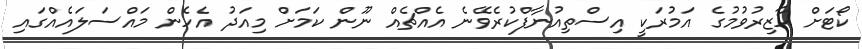
ކޯޓަށް ހާޒިރުވުމުގެ އަމުރަކީ އިސްތިއުނާފްކުރެވޭނެ އެއްޗެއް ނޫން ކަމަށް މިއަދު އެހެން މައްސަލައެއްގައި